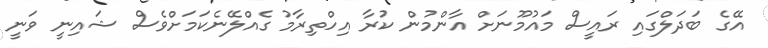
އޭގެ ބަދަލްގައި ރައީސް މައުމޫނަށް އާންމުން ކުރާ އިހްތިރާމު ގެއްލޭނެކަމަށްވެސް ޝައިނީ ވަނީ